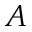
A